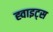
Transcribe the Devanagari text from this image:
ह्वाइट्स